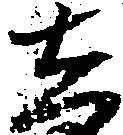
し